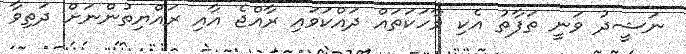
ނަޝީދު ވަނީ ތަފާތު އެކި ވާހަކަތައް ދައްކަވައި ރާއްޖެ އާއި ރައްޔިތުންނަށް ދަތިވާ